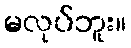
မလုပ်ဘူး။